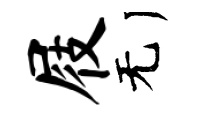
屐无